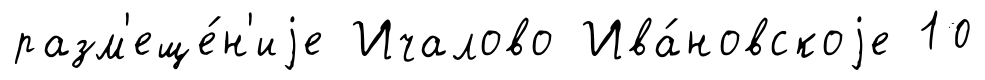
разм'еще́н'иjе Ичалово Ива́новскоjе 10